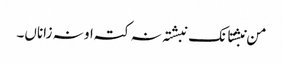
من نبشتانک نبشتہ نہ کتہ او نہ زاناں۔